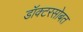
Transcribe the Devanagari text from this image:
डॉक्टरसोबत